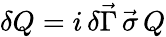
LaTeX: \delta Q=i\, \delta\vec{\Gamma}\, \vec{\sigma}\, Q